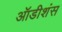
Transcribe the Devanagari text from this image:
ऑडीशंस